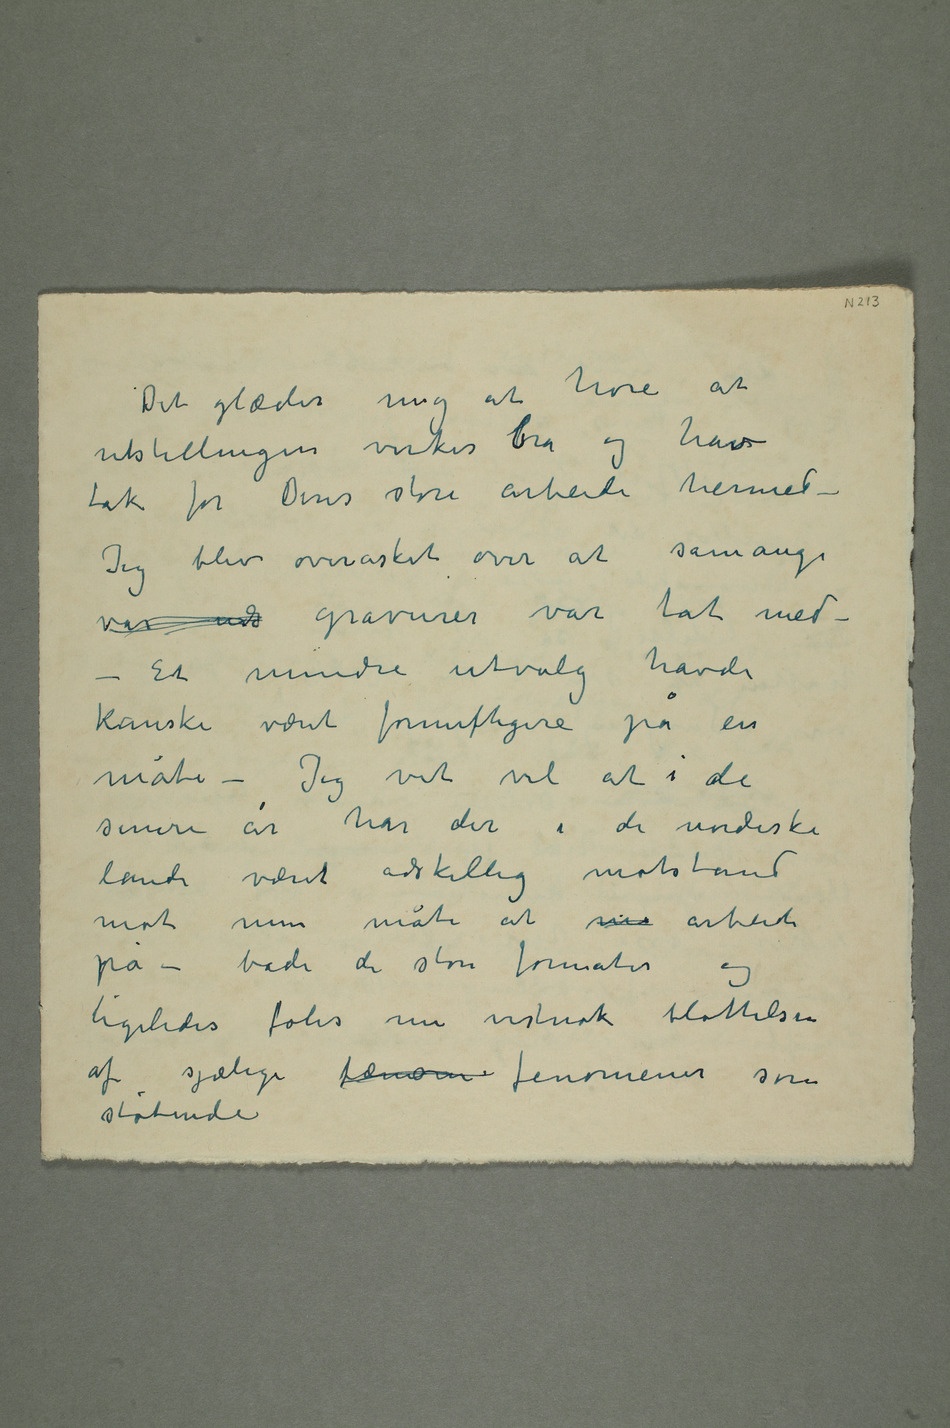
Det glæder mig at høre at
utstillingen virker bra og hav
tak for Deres store arbeide hermed –
Jeg blev overasket over at såmange
var uds gravurer var tat med – –
Et mindre utvalg havde
kanske været fornuftigere på en
måte – Jeg vet vel at i de
senere år har det i de nordiske
lande været adskillig motstand
mot min måte at ma arbeide
på – både de store formater og
ligeledes føles nu vistnok blottelsen
af sjælelige fænom fenomener som
støtende